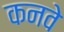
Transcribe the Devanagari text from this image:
कनवे